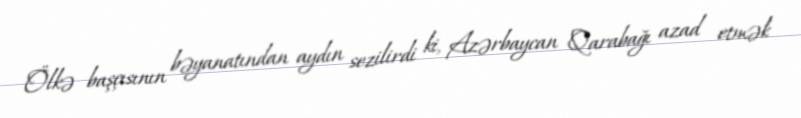
Ölkə başçısının bəyanatından aydın sezilirdi ki, Azərbaycan Qarabağı azad etmək